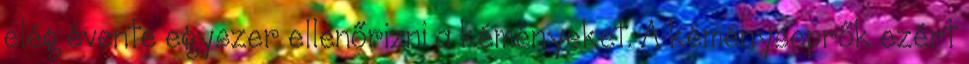
elég évente egyszer ellenőrizni a kéményeket. A kéményseprők ezért